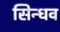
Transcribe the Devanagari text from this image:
सिन्धव